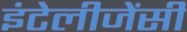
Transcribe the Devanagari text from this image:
इंटेलीजेंसी